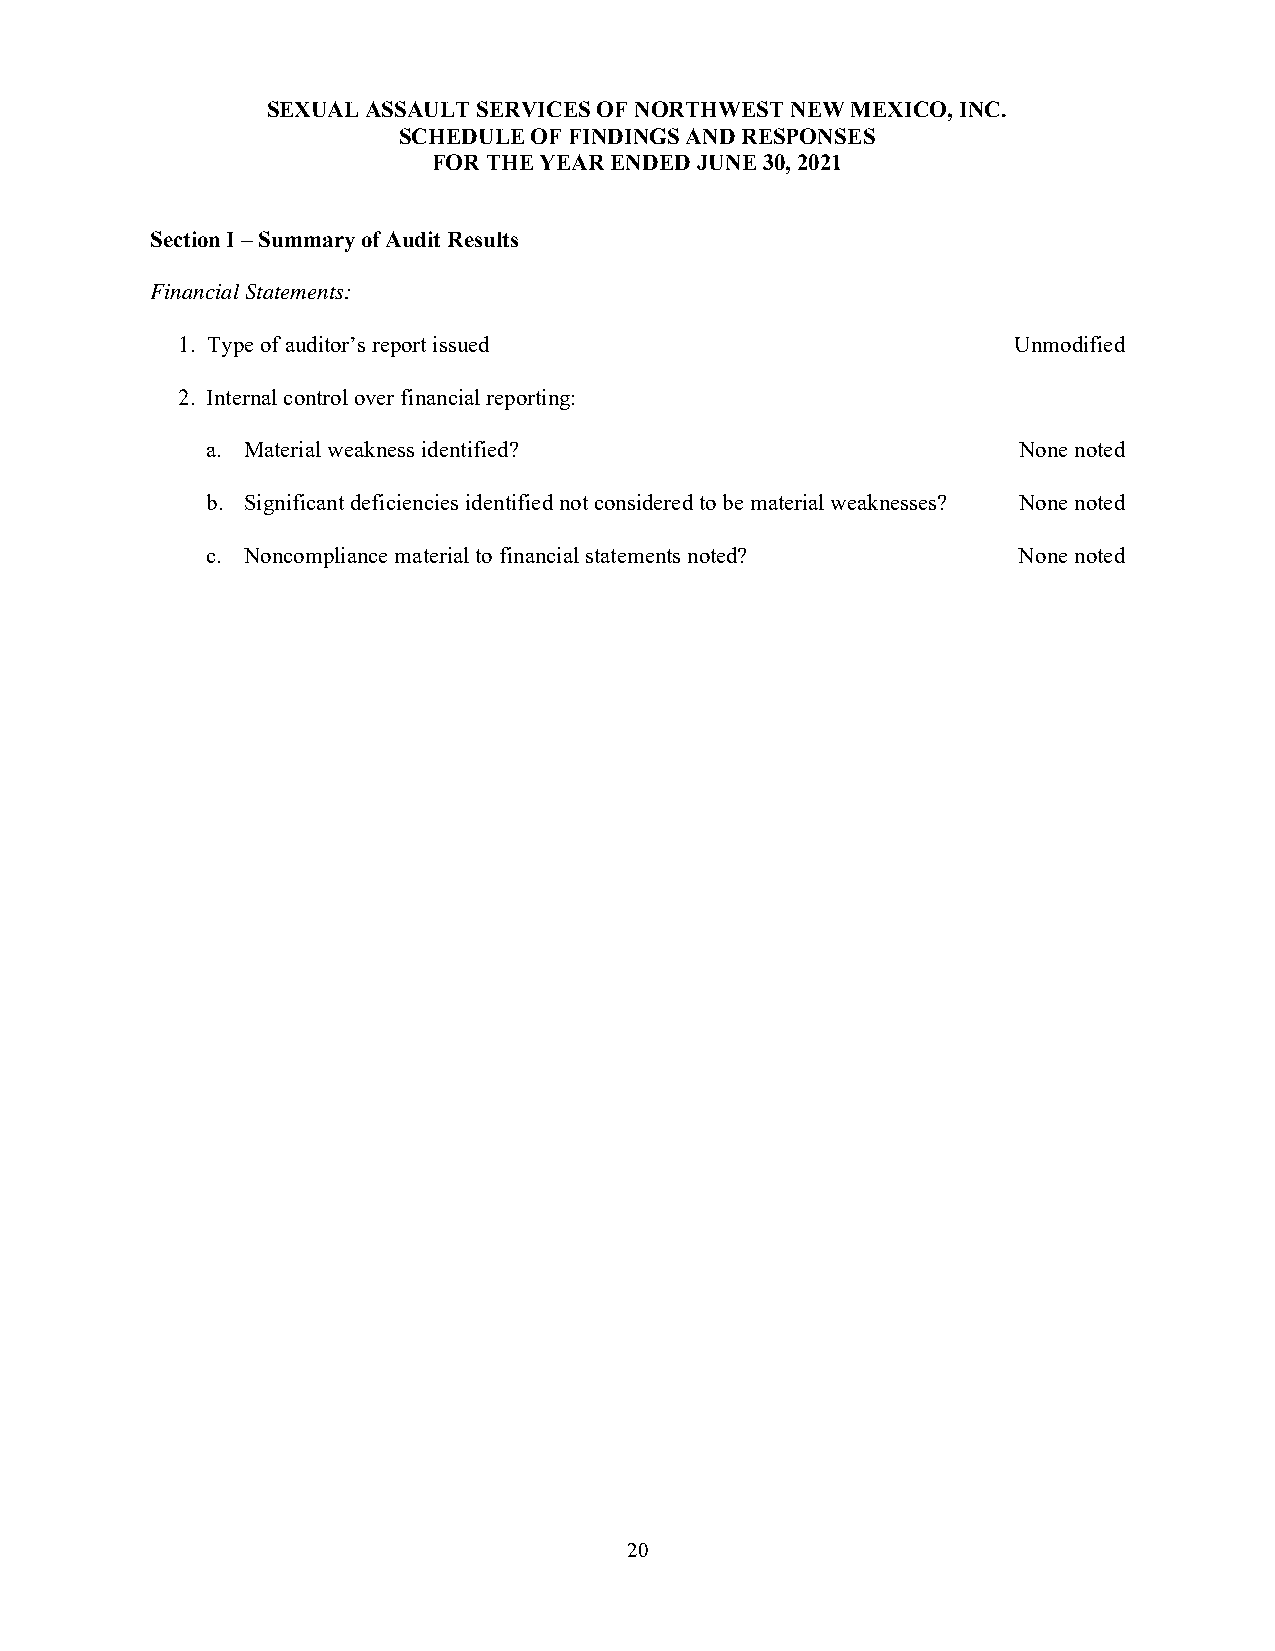
SEXUAL ASSAULT SERVICES OF NORTHWEST NEW MEXICO, INC.
 SCHEDULE OF FINDINGS AND RESPONSES
 FOR THE YEAR ENDED JUNE 30, 2021
 Section I – Summary of Audit Results
 Financial Statements:
 1. Type of auditor’s report issued                     Unmodified
 2. Internal control over financial reporting:
 a. Material weakness identified?                     None noted
 b. Significant deficiencies identified not considered to be material weaknesses? None noted
 c. Noncompliance material to financial statements noted? None noted
 20